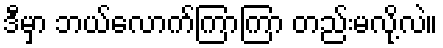
ဒီမှာ ဘယ်လောက်ကြာကြာ တည်းမလို့လဲ။